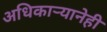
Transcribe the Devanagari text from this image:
अधिकाऱ्यानेही